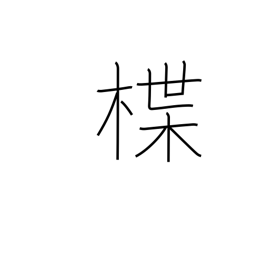
Meaning: lacquered dish